Indian journal of veterinary science and animal husbandry - Volume 9,
Year: 1939
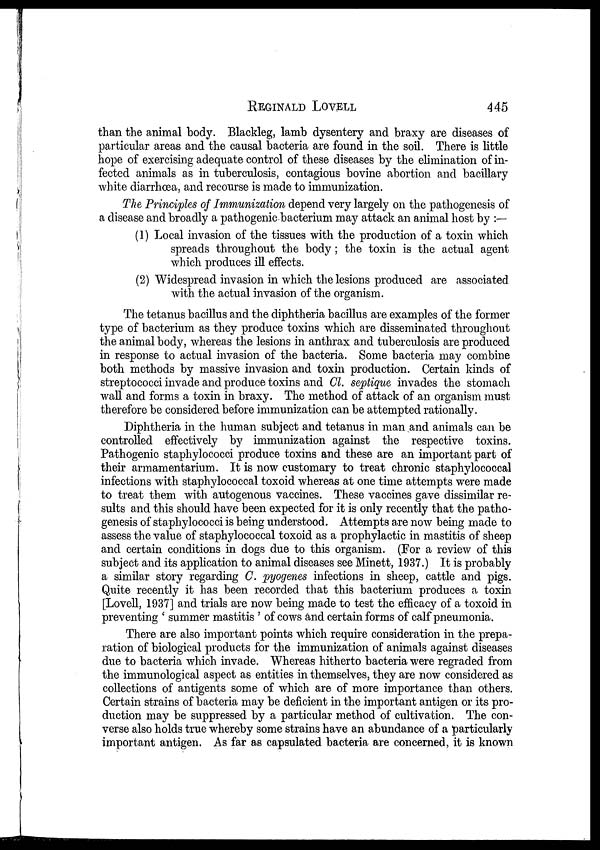
REGINALD
LOVELL
445
than the animal body. Blackleg, lamb dysentery and braxy are diseases of
particular areas and the causal bacteria are found in the soil. There is little
hope of exercising adequate control of these diseases by the elimination of in-
fected animals as in tuberculosis, contagious bovine abortion and bacillary
white diarrhœa, and recourse is made to immunization.
The Principles of Immunization depend very largely on the pathogenesis of
a disease and broadly a pathogenic bacterium may attack an animal host by : —
(1) Local invasion of the tissues with the production of a toxin which
spreads throughout the body; the toxin is the actual agent
which produces ill effects.
(2) Widespread invasion in which the lesions produced are associated
with the actual invasion of the organism.
The tetanus bacillus and the diphtheria bacillus are examples of the former
type of bacterium as they produce toxins which are disseminated throughout
the animal body, whereas the lesions in anthrax and tuberculosis are produced
in response to actual invasion of the bacteria. Some bacteria may combine
both methods by massive invasion and toxin production. Certain kinds of
streptococci invade and produce toxins and Cl. septique invades the stomach
wall and forms a toxin in braxy. The method of attack of an organism must
therefore be considered before immunization can be attempted rationally.
Diphtheria in the human subject and tetanus in man and animals can be
controlled effectively by immunization against the respective toxins.
Pathogenic staphylococci produce toxins and these are an important part of
their armamentarium. It is now customary to treat chronic staphylococcal
infections with staphylococcal toxoid whereas at one time attempts were made
to treat them with autogenous vaccines. These vaccines gave dissimilar re-
sults and this should have been expected for it is only recently that the patho-
genesis of staphylococci is being understood. Attempts are now being made to
assess the value of staphylococcal toxoid as a prophylactic in mastitis of sheep
and certain conditions in dogs due to this organism. (For a review of this
subject and its application to animal diseases see Minett, 1937.) It is probably
a similar story regarding C. pyogenes infections in sheep, cattle and pigs.
Quite recently it has been recorded that this bacterium produces a toxin
[Lovell, 1937] and trials are now being made to test the efficacy of a toxoid in
preventing ' summer mastitis ' of cows and certain forms of calf pneumonia.
There are also important points which require consideration in the prepa-
ration of biological products for the immunization of animals against diseases
due to bacteria which invade. Whereas hitherto bacteria were regraded from
the immunological aspect as entities in themselves, they are now considered as
collections of antigents some of which are of more importance than others.
Certain strains of bacteria may be deficient in the important antigen or its pro-
duction may be suppressed by a particular method of cultivation. The con-
verse also holds true whereby some strains have an abundance of a particularly
important antigen. As far as capsulated bacteria are concerned, it is known